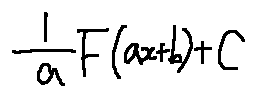
\frac { 1 } { a } F ( a x + b ) + C